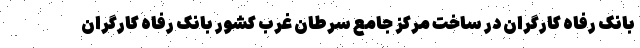
بانک رفاه کارگران در ساخت مرکز جامع سرطان غرب کشور بانک رفاه کارگران